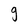
Character: g